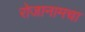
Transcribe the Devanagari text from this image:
रोजानामचा